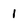
Character: 1